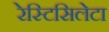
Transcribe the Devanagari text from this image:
रेस्टिसिलेटा